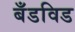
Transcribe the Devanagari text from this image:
बँडविड